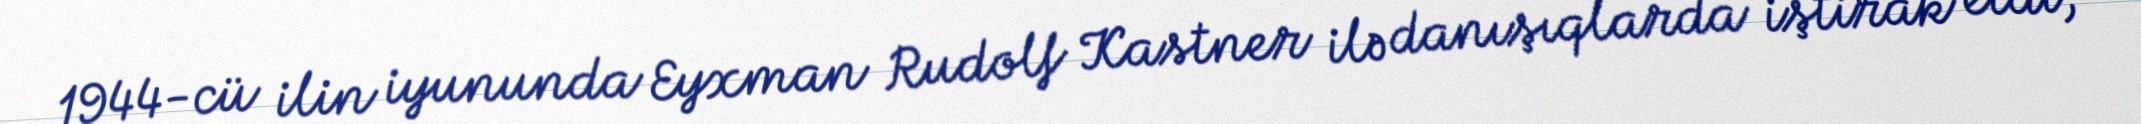
1944-cü ilin iyununda Eyxman Rudolf Kastner ilə danışıqlarda iştirak etdi,